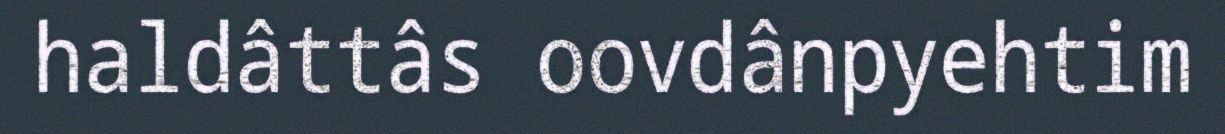
haldâttâs oovdânpyehtim